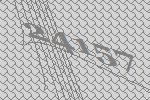
24157